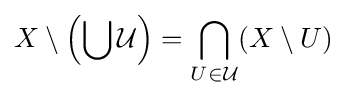
X\setminus \left(\bigcup {\mathcal {U}}\right)=\bigcap _{U\in {\mathcal {U}}}(X\setminus U)